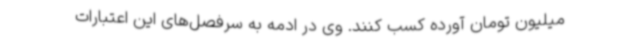
میلیون تومان آورده کسب کنند. وی در ادمه به سرفصل‌های این اعتبارات